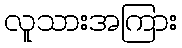
လူသားအကြား